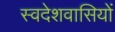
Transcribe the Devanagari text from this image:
स्वदेशवासियों